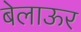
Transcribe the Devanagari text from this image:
बेलाऊर